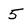
Character: 5